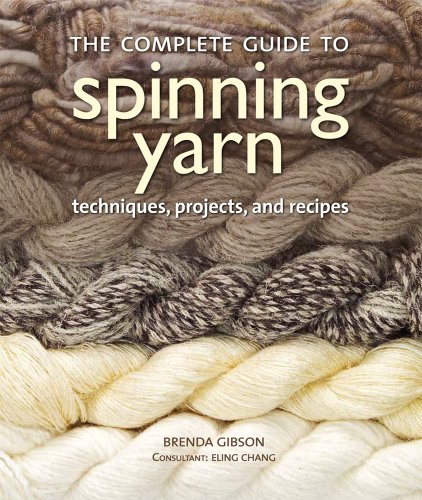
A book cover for The Complete Guide to Spinning Yarn: Techniques, Projects, and Recipes; Brenda Gibson; Crafts, Hobbies & Home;